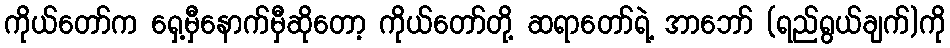
ကိုယ်တော်က ရှေ့မှီနောက်မှီဆိုတော့ ကိုယ်တော်တို့ ဆရာတော်ရဲ့ အာဘော် (ရည်ရွယ်ချက်)ကို